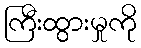
ကြီးထွားမှုကို